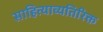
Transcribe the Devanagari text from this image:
साहित्याव्यतिरिक्त